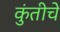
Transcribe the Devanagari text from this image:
कुंतीचे